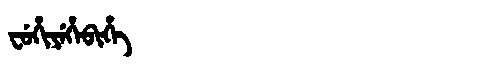
Manchu: ᠸᡠᡥᡳᠶᡝᡥᡝᠪᡳᡥᡝ
Romanization: FUHIYEHEBIHE